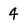
Character: 4